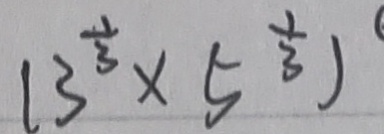
( 3 ^ { \frac { 1 } { 3 } } \times 5 ^ { \frac { 1 } { 3 } } )